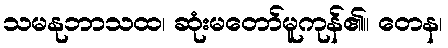
သမနုဘာသထ၊ ဆုံးမတော်မူကုန်၏။ တေန၊